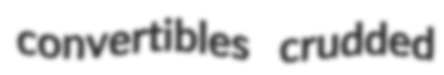
convertibles crudded